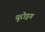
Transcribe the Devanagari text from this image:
यूरोड्रग